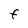
Character: F